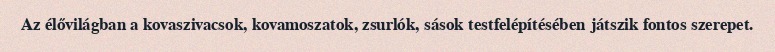
Az élővilágban a kovaszivacsok, kovamoszatok, zsurlók, sások testfelépítésében játszik fontos szerepet.